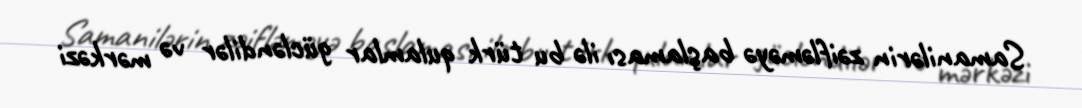
Samanilərin zəifləməyə başlaması ilə bu türk qulamlar gücləndilər və mərkəzi